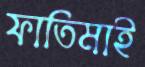
ফাতিমাই